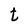
Character: t